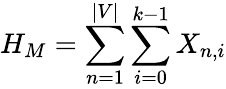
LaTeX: H_{M}=\sum_{n=1}^{|V|}\sum_{i=0}^{k-1}X_{n,i}